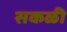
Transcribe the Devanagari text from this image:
सकळी